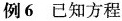
例6 已知方程